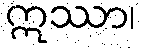
ဣဿာ၊